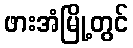
ဖားအံမြို့တွင်